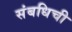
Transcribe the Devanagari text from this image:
संबधिची